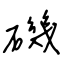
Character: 磯